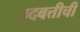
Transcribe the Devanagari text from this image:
उदबत्तीची